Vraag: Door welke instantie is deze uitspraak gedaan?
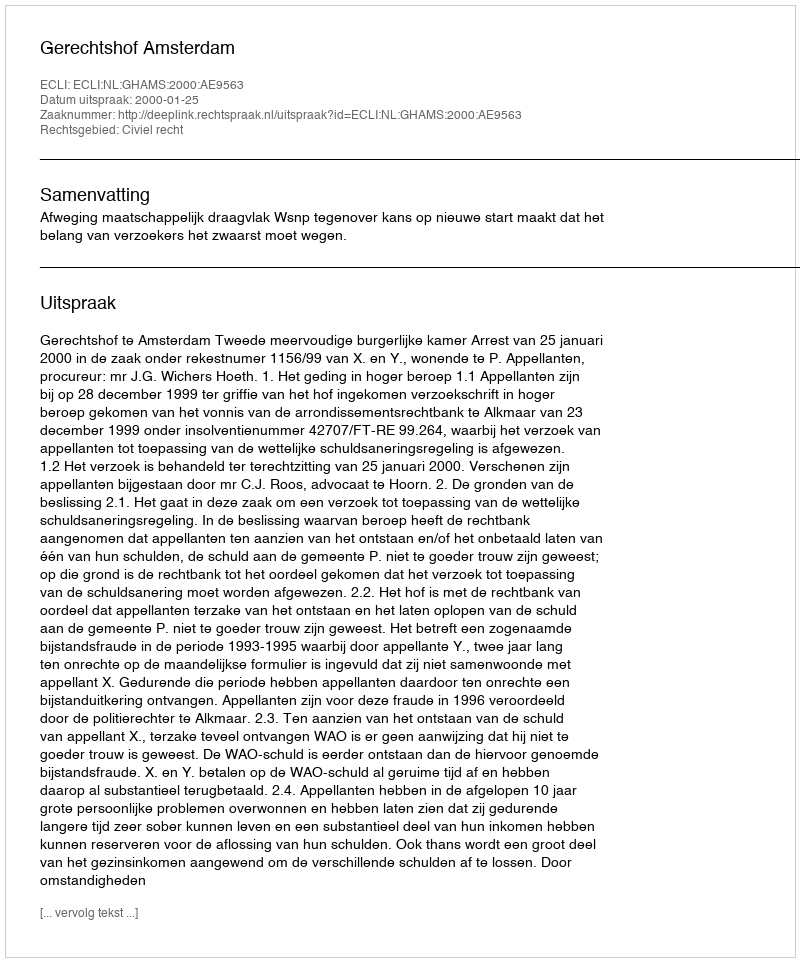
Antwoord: Gerechtshof Amsterdam